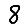
Digit: 8